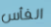
الفأس